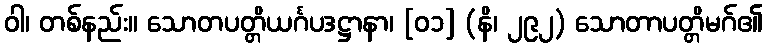
ဝါ၊ တစ်နည်း။ သောတပတ္တိယင်္ဂပဒဋ္ဌာနာ၊ [၀၁] (နိ၊ ၂၉၂) သောတာပတ္တိမဂ်၏